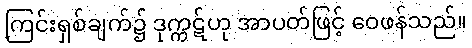
ကြင်းရှစ်ချက်၌ ဒုက္ကဋ်ဟု အာပတ်ဖြင့် ဝေဖန်သည်။